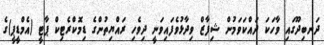
ދަނބިދޫގައި ވާހަަކަ ދައްކަވަމުން ޝިފާޒް ވިދާޅުވެފައިވަނީ ދިވެހި ރައްޔިތުންގެ ޑިމޮކްރެޓިކް ޕާޓީ (އެމްޑީޕީ)ގެ